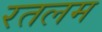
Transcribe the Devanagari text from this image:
रतलम